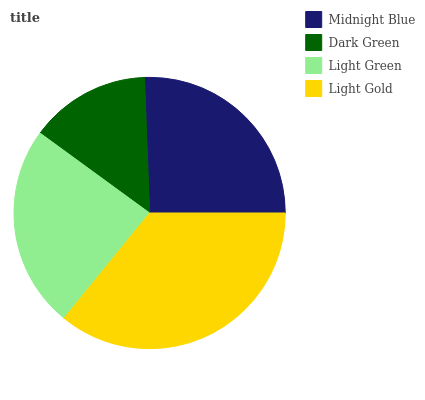
| Midnight Blue | Dark Green | Light Green | Light Gold |
 | --- | --- | --- | --- |
 | 25.6% | 14.4% | 24.2% | 35.8% |